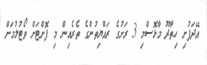
އޭދަފުށި ހިތާދޫ މާޅޮސްމި 3 ރަށުގެ ރައްޔިތުންގެ ތެރެއިން މި ފޮށްޓަށް ވޯޓުލުމަށް